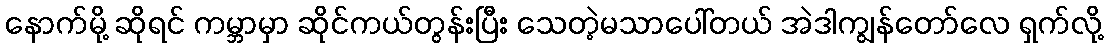
နောက်မို့ ဆိုရင် ကမ္ဘာမှာ ဆိုင်ကယ်တွန်းပြီး သေတဲ့မသာပေါ်တယ် အဲဒါကျွန်တော်လေ ရှက်လို့